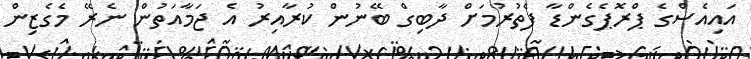
އައިއެސްގެ ޕްރޮޕެގެންޑާ ފެތުރުމަށް ދާބިގް ބޭނުން ކުރާއިރު އެ ޖަމާއަތުން ނެރޭ މެގެޒިން